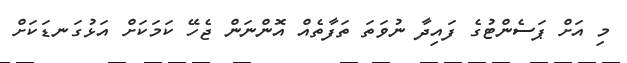
މި އަށް ޕަސެންޓުގެ ފައިދާ ނުވަތަ ތަފާތެއް އޮންނަން ޖެހޭ ކަމަކަށް އަޅުގަނޑަކަށް